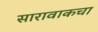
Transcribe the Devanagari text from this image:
सारावाकचा